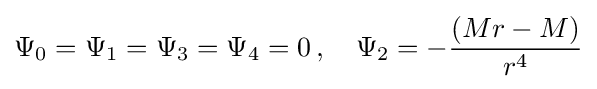
\Psi _{0}=\Psi _{1}=\Psi _{3}=\Psi _{4}=0\,,\quad \Psi _{2}=-{\frac {(Mr-M)}{r^{4}}}